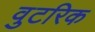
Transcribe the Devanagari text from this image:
वुटरिक